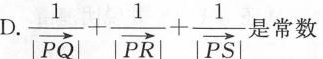
D.$$\frac { 1 } { | \overrightarrow { P Q } | } + \frac { 1 } { | \overrightarrow { P R } | } + \frac { 1 } { | \overrightarrow { P S } | }$$是常数